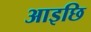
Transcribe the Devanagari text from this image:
आइछि